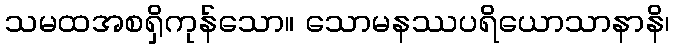
သမထအစရှိကုန်သော။ သောမနဿပရိယောသာနာနိ၊